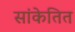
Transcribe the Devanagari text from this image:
सांकेतित